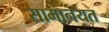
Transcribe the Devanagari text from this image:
सामानयत